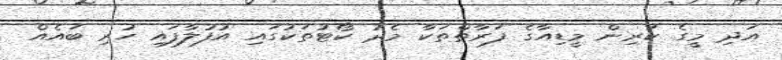
އަދި މީގެ ކުރިން މީޑިއާގެ ފަރާތްތަކާ މެދު ކޯޓުތަކުގައި އުފުލާފައި ހުރި ބައެއް